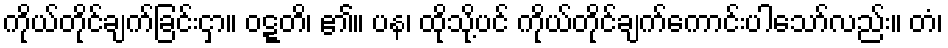
ကိုယ်တိုင်ချက်ခြင်းငှာ။ ဝဋ္ဋတိ၊ ၏။ ပန၊ ထိုသို့ပင် ကိုယ်တိုင်ချက်ကောင်းပါသော်လည်း။ တံ၊